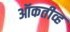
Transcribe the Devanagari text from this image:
ऑकतीव्ह